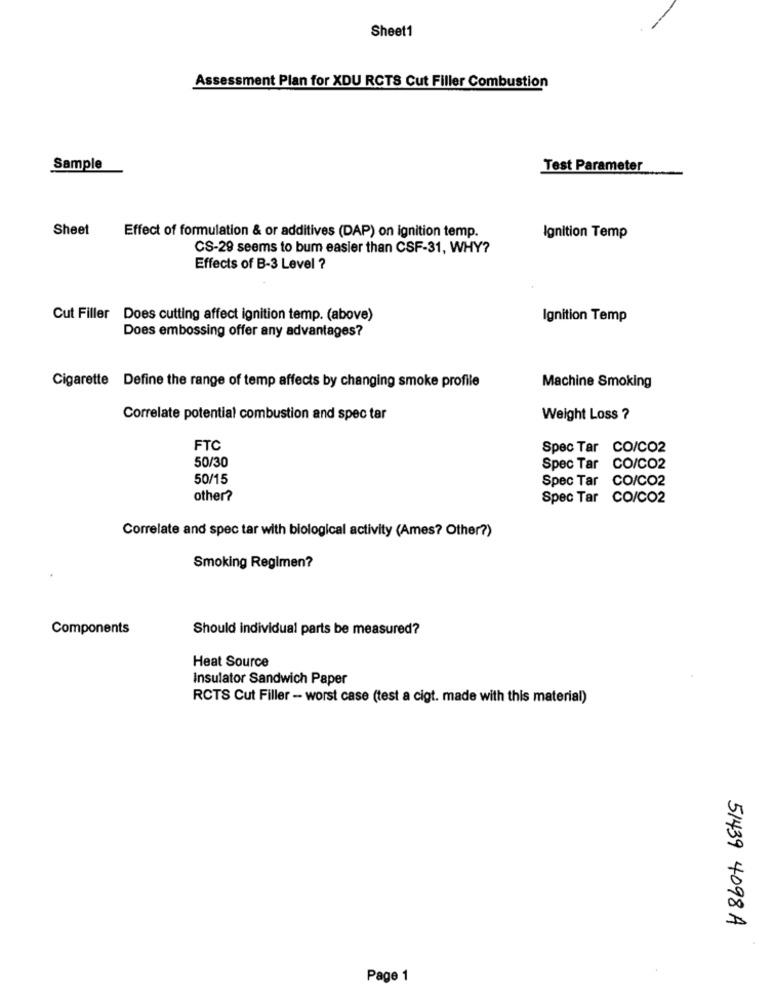
Sheet1
Assessment Plan for XDU RCTS Cut Filler Combustion
Sample
Test Parameter
Sheet
Effect of formulation & or additives (DAP) on ignition temp.
Ignition Temp
CS-29 seems to bum easier than CSF-31, WHY?
Effects of B-3 Level ?
Cut Filler Does cutting affect ignition temp. (above)
Ignition Temp
Does embossing offer any advantages?
Cigarette Define the range of temp affects by changing smoke profile
Machine Smoking
Correlate potential combustion and spec tar
Weight Loss ?
FTC
Spec Tar CO/CO2
50/30
Spec Tar CO/CO2
50/15
Spec Tar CO/CO2
other?
Spec Tar CO/CO2
Correlate and spec tar with biological activity (Ames? Other?)
Smoking Regimen?
Components
Should individual parts be measured?
Heat Source
Insulator Sandwich Paper
RCTS Cut Filler -- worst case (test a cigt. made with this material)
51439 4098A
Page 1